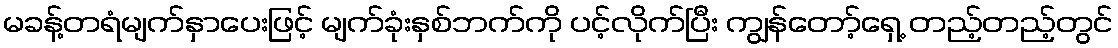
မခန့်တရံမျက်နှာပေးဖြင့် မျက်ခုံးနှစ်ဘက်ကို ပင့်လိုက်ပြီး ကျွန်တော့်ရှေ့ တည့်တည့်တွင်